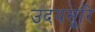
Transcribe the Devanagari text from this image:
उदयसूरि